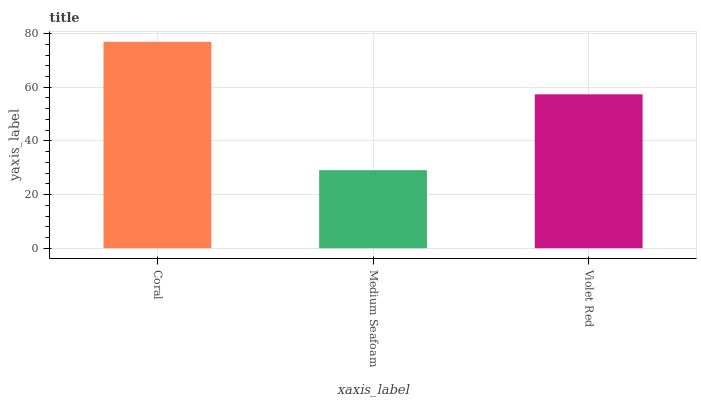
| xaxis_label | bars |
 | --- | --- |
 | Coral | 76.9 |
 | Medium Seafoam | 29.1 |
 | Violet Red | 57.4 |